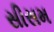
સીસમ